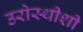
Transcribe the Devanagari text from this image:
उरोस्थीशी